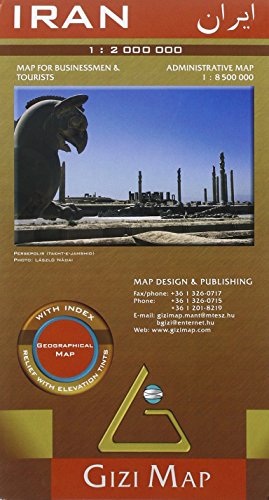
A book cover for Iran Map (English, French and German Edition); Gizi Map; Travel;